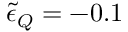
\tilde { \epsilon } _ { Q } = - 0 . 1